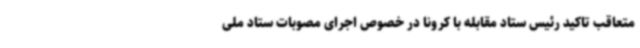
متعاقب تاکید رئیس ستاد مقابله با کرونا در خصوص اجرای مصوبات ستاد ملی